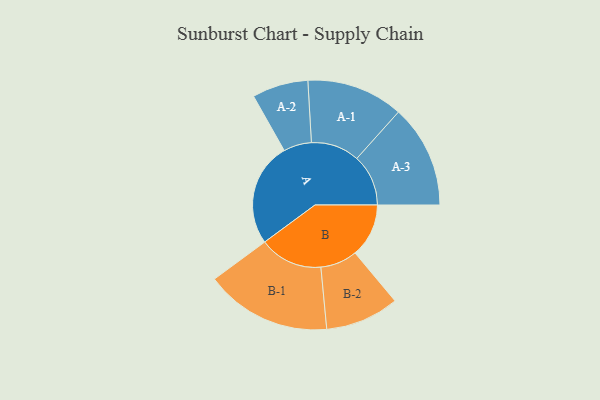
{"axis": {"x": "Segment", "y": "Value"}, "legend": ["", "A", "B"], "data": [{"x": "A", "y": 433, "type": ""}, {"x": "B", "y": 224, "type": ""}, {"x": "A-1", "y": 202, "type": "A"}, {"x": "A-2", "y": 117, "type": "A"}, {"x": "A-3", "y": 215, "type": "A"}, {"x": "B-1", "y": 264, "type": "B"}, {"x": "B-2", "y": 154, "type": "B"}]}